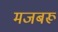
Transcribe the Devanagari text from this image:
मजबरू